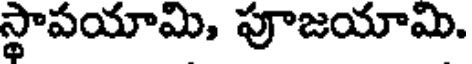
స్థాపయామి, పూజయామి.